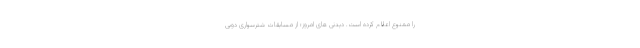
را ممنوع اعلام کرده است. دیدنی های امروز؛ از مسابقات شترسواری دوبی